Annual report on the working of the mental hospitals in the Madras Presidency - 1912-1932
Year: 1912
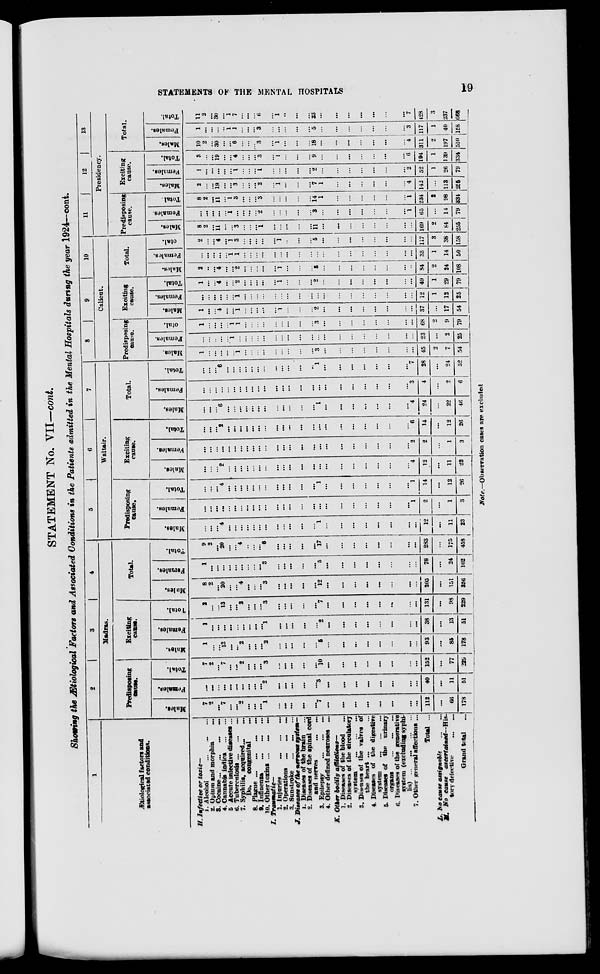
STATEMENTS OF THE MENTAL HOSPITALS
19
STATEMENT No. VII—cont.
Showing the Ætiological Factors and Associated Conditions in the Patients admitted in the Mental Hospitals during the year 1924—cont.
1
Ætiological factors and
associated conditions.
H. Infective or toxic—
1. Alcohol ... ... ...
2. Opium and morphia
...
3. Cocaine
...
...
...
4. Cannabis indica
...
...
5. Accute infective diseases ...
6. Tuberculosis ... ... ...
7. Syphilis, acquired ... ...
Do. congenital ...
8. Plague ... ... ... ...
9. Influenza ... ... ...
10. Other toxins ... ... ...
I.
Traumatic—
1. Injuries ... ... ...
2. Operations ... ... ...
3. Sunstroke ... ... ...
J. Diseases of the nervous system—
1. Diseases of the brain ...
2. Diseases of the spinal cord
and nerves
...
...
3. Epilepsy
...
...
...
4. Other defined neuroses ...
K. Other bodily
affictions—
1. Diseases of the blood ...
2. Diseases of the circulatory
system
...
...
...
3. Diseases of the valves of
the heart ... ...
4. Diseases of the digestive
system
...
...
...
5. Diseases of the urinary
organs ... ... ...
6. Diseases of the generative
system (excluding syphi-
lis)
...
...
...
...
7. Other general affections ...
Total ...
L. no cause assignable ...
...
M. No cause
ascertained—His-
tory defective
...
...
Grand total ...
2 3
4
Madras.
Predisposing
cause.
Males.
7
2
...
7
...
...
2
...
...
... 1
...
...
...
...
...
7
...
...
...
...
...
...
...
...
112
...
66
178
Female.
...
...
...
...
...
...
...
...
...
...
2
...
...
...
...
...
3
...
...
...
...
...
...
...
...
40
...
11
51
Total.
7
2
...
7
...
...
2
...
...
...
3
...
...
...
...
...
10
...
...
...
...
...
...
...
...
152
...
77
229
Exciting
cause.
Males.
1
...
...
13
...
...
2
...
...
... 2
...
...
...
...
...
5
...
...
...
...
...
...
...
...
93
...
85
178
Females.
1
...
...
...
...
...
...
...
...
... 1
...
...
...
...
...
2
...
...
...
...
...
...
...
...
38
...
13
51
Total.
2
...
...
13
...
...
2
...
...
...
3
...
...
...
...
...
7
...
...
...
...
...
...
...
...
131
...
98
229
Total.
Males.
8
2
...
20
...
...
4
...
...
... 3
...
...
...
...
...
12
...
...
...
...
...
...
...
205
...
151
356
Females.
1
...
...
...
...
...
...
...
...
... 3
...
...
...
...
...
5
...
...
...
...
...
...
...
...
78
...
24
102
Total.
9
2
20
...
4
...
...
... 6
...
...
...
...
...
17
...
...
...
...
...
...
...
...
283
...
175
458
5
6
7
Waltair.
Predisposing
cause.
Males.
...
...
...
4
...
...
...
...
...
...
...
...
...
...
...
...
1
...
...
...
...
...
...
...
...
12
...
11
23
Females.
...
...
...
...
...
...
...
...
...
...
...
...
...
...
...
...
...
...
...
...
...
...
...
...
1
2
...
1
3
Total.
...
...
...
4
...
...
...
...
...
...
...
...
...
...
...
...
1
...
...
...
...
...
...
...
1
14
...
12
26
Exciting
cause.
Males.
...
...
...
2
...
...
...
...
...
...
...
...
...
...
...
...
...
...
...
...
...
...
...
...
4
12
...
11
23
Females.
...
...
...
...
...
...
...
...
...
...
...
...
...
...
...
...
...
...
...
...
...
...
...
...
2
2
...
1
3
Total.
...
...
...
2
...
...
...
...
...
...
...
...
...
...
...
...
...
...
...
...
...
...
...
...
6
14
...
12
26
Total.
Males.
...
...
...
6
...
...
...
...
...
...
...
...
...
...
...
...
1
...
...
...
...
...
...
...
4
24
...
22
46
Females.
...
...
...
...
...
...
...
...
...
...
...
...
...
...
...
...
...
...
...
...
...
...
...
...
3
4
...
2
6
Total.
...
...
...
6
...
...
...
...
...
...
...
...
...
...
...
...
1
...
...
...
...
...
...
...
7
28
...
24
52
8
9
10
Calicut.
Predisposing
cause.
Males.
1
...
...
...
...
...
1
...
...
...
...
...
...
...
...
...
3
...
...
...
...
...
...
...
...
45
2
7
54
Females.
...
...
...
...
...
1
...
...
...
...
...
...
...
...
...
...
...
...
...
...
...
...
...
...
...
23
...
2
25
Total.
1
...
...
...
...
1
1
...
...
...
...
...
...
...
...
...
3
...
...
...
...
...
...
...
...
68
2
9
79
Exciting
cause.
Males.
1
...
...
4
...
...
1
...
...
...
...
...
1
...
...
...
2
...
...
...
...
...
...
...
...
37
...
17
54
Females.
...
...
...
...
...
...
1
...
...
...
...
...
...
...
...
...
...
...
...
...
...
...
...
...
...
12
1
12
25
Total.
1
...
...
4
...
...
2
...
...
...
...
...
1
...
...
...
2
...
...
...
...
...
...
...
...
49
1
29
79
Total.
Males.
2
...
...
4
...
...
2
...
...
...
...
...
1
...
...
...
5
...
...
...
...
...
...
...
84
2
24
108
Females.
...
...
...
...
...
1
1
...
...
...
...
...
...
...
...
...
...
...
...
...
...
...
...
...
...
35
1
14
50
Total.
2
...
...
4
...
1
3
...
...
...
...
...
1
...
...
...
5
...
...
...
...
...
...
...
...
117
3
38
158
11
12
13
Presidency.
Predisposing
cause.
Males.
8
2
...
11
...
...
3
...
...
... 1
...
...
...
...
...
11 ...
...
...
...
...
...
...
...
169
2
84
255
Females.
...
...
...
...
...
1
...
...
...
...
2
...
...
...
...
...
3
...
...
...
...
...
...
...
1
65
...
14
79
Total.
8
2
...
11
...
1
3
...
...
...
3
...
...
...
...
...
14
1
...
...
...
...
...
...
1
234
2
98
334
Exciting
cause.
Males.
2
...
...
19
...
...
3
...
...
...
2
...
1
...
...
...
7
1
...
...
...
...
...
...
4
142
...
113
255
Females.
1
...
...
...
...
...
1
...
...
... 1
...
...
...
...
...
2
...
...
...
...
...
...
...
2
52
1
26
79
Total.
3
...
...
19
...
...
4
...
...
...
3
...
1
...
...
...
9
...
...
...
...
...
...
...
6
194
1
139
334
Total.
Males.
10
2
...
30
...
...
6
...
...
... 3
...
1
...
...
...
18
...
...
...
...
...
...
...
4
311
2
197
510
Females.
1
...
...
...
...
1
1
...
...
...
3
...
...
...
...
...
5
...
...
...
...
...
...
...
3
117
1
40
158
Total.
11
2
...
30
...
1
7
...
...
...
6
...
1
...
...
...
23
...
...
...
...
...
...
...
7
428
3
237
668
Note —Observation cases are excluded